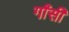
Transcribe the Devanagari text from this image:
गाँसी